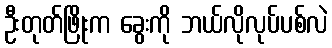
ဦးတုတ်ဖြိုးက ခွေးကို ဘယ်လိုလုပ်ပစ်လဲ